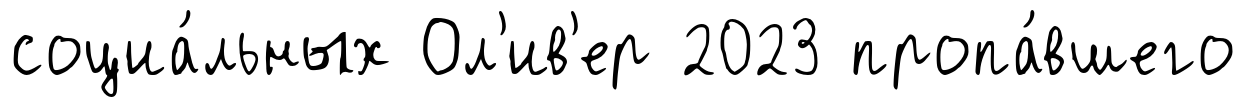
социа́льных Ол'ив'ер 2023 пропа́вшего